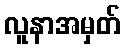
လူနာအမှတ်